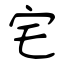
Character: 宅